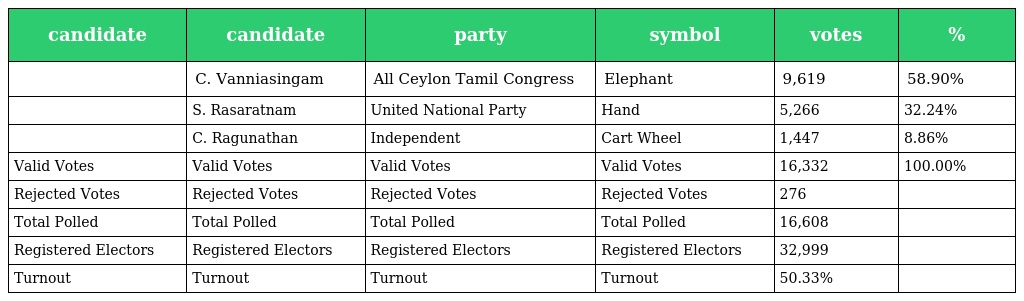
| candidate | candidate | party | symbol | votes | % |
 | --- | --- | --- | --- | --- | --- |
 |  | C. Vanniasingam | All Ceylon Tamil Congress | Elephant | 9,619 | 58.90% |
 |  | S. Rasaratnam | United National Party | Hand | 5,266 | 32.24% |
 |  | C. Ragunathan | Independent | Cart Wheel | 1,447 | 8.86% |
 | Valid Votes | Valid Votes | Valid Votes | Valid Votes | 16,332 | 100.00% |
 | Rejected Votes | Rejected Votes | Rejected Votes | Rejected Votes | 276 |  |
 | Total Polled | Total Polled | Total Polled | Total Polled | 16,608 |  |
 | Registered Electors | Registered Electors | Registered Electors | Registered Electors | 32,999 |  |
 | Turnout | Turnout | Turnout | Turnout | 50.33% |  |